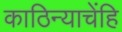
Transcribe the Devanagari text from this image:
काठिन्याचेंहि